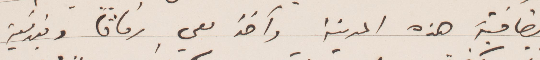
بضاحية هذه المدينة وآخذ معي رفاقًا وبندقية